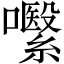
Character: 𱕧